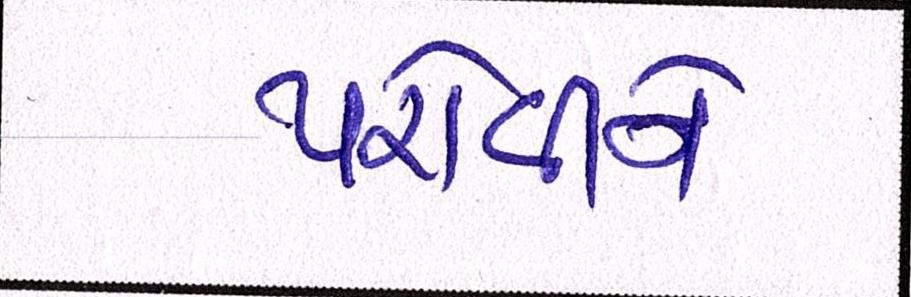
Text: પરોવીને